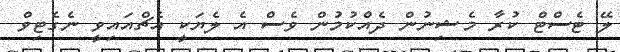
ލޭ ޓެސްޓް ކުރާ މެޝިނުން ދެއްކުމުން ވެސް އެ ލެޔަކީ އެޗްއައިވީ ނެގެޓިވް